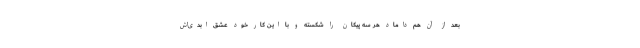
بعد از آن هم داماد هر سه پیکان را شکسته و با این کار خود عشق ابدی‌اش